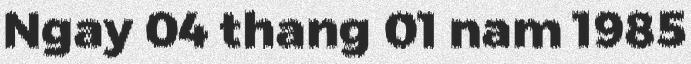
Ngay 04 thang 01 nam 1985